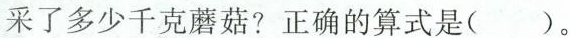
采了多少千克蘑菇？正确的算式是()。